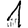
Digit: 1